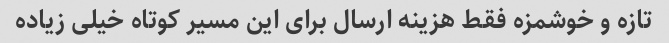
تازه و خوشمزه فقط هزینه ارسال برای این مسیر کوتاه خیلی زیاده